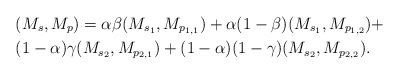
\begin{align*} &(M_s,M_p)=\alpha\beta(M_{s_1},M_{p_{1,1}})+\alpha(1-\beta)(M_{s_1},M_{p_{1,2}})+\\&(1-\alpha)\gamma(M_{s_2},M_{p_{2,1}})+(1-\alpha)(1-\gamma)(M_{s_2},M_{p_{2,2}}). \end{align*}